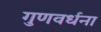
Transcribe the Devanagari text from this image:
गुणवर्धना